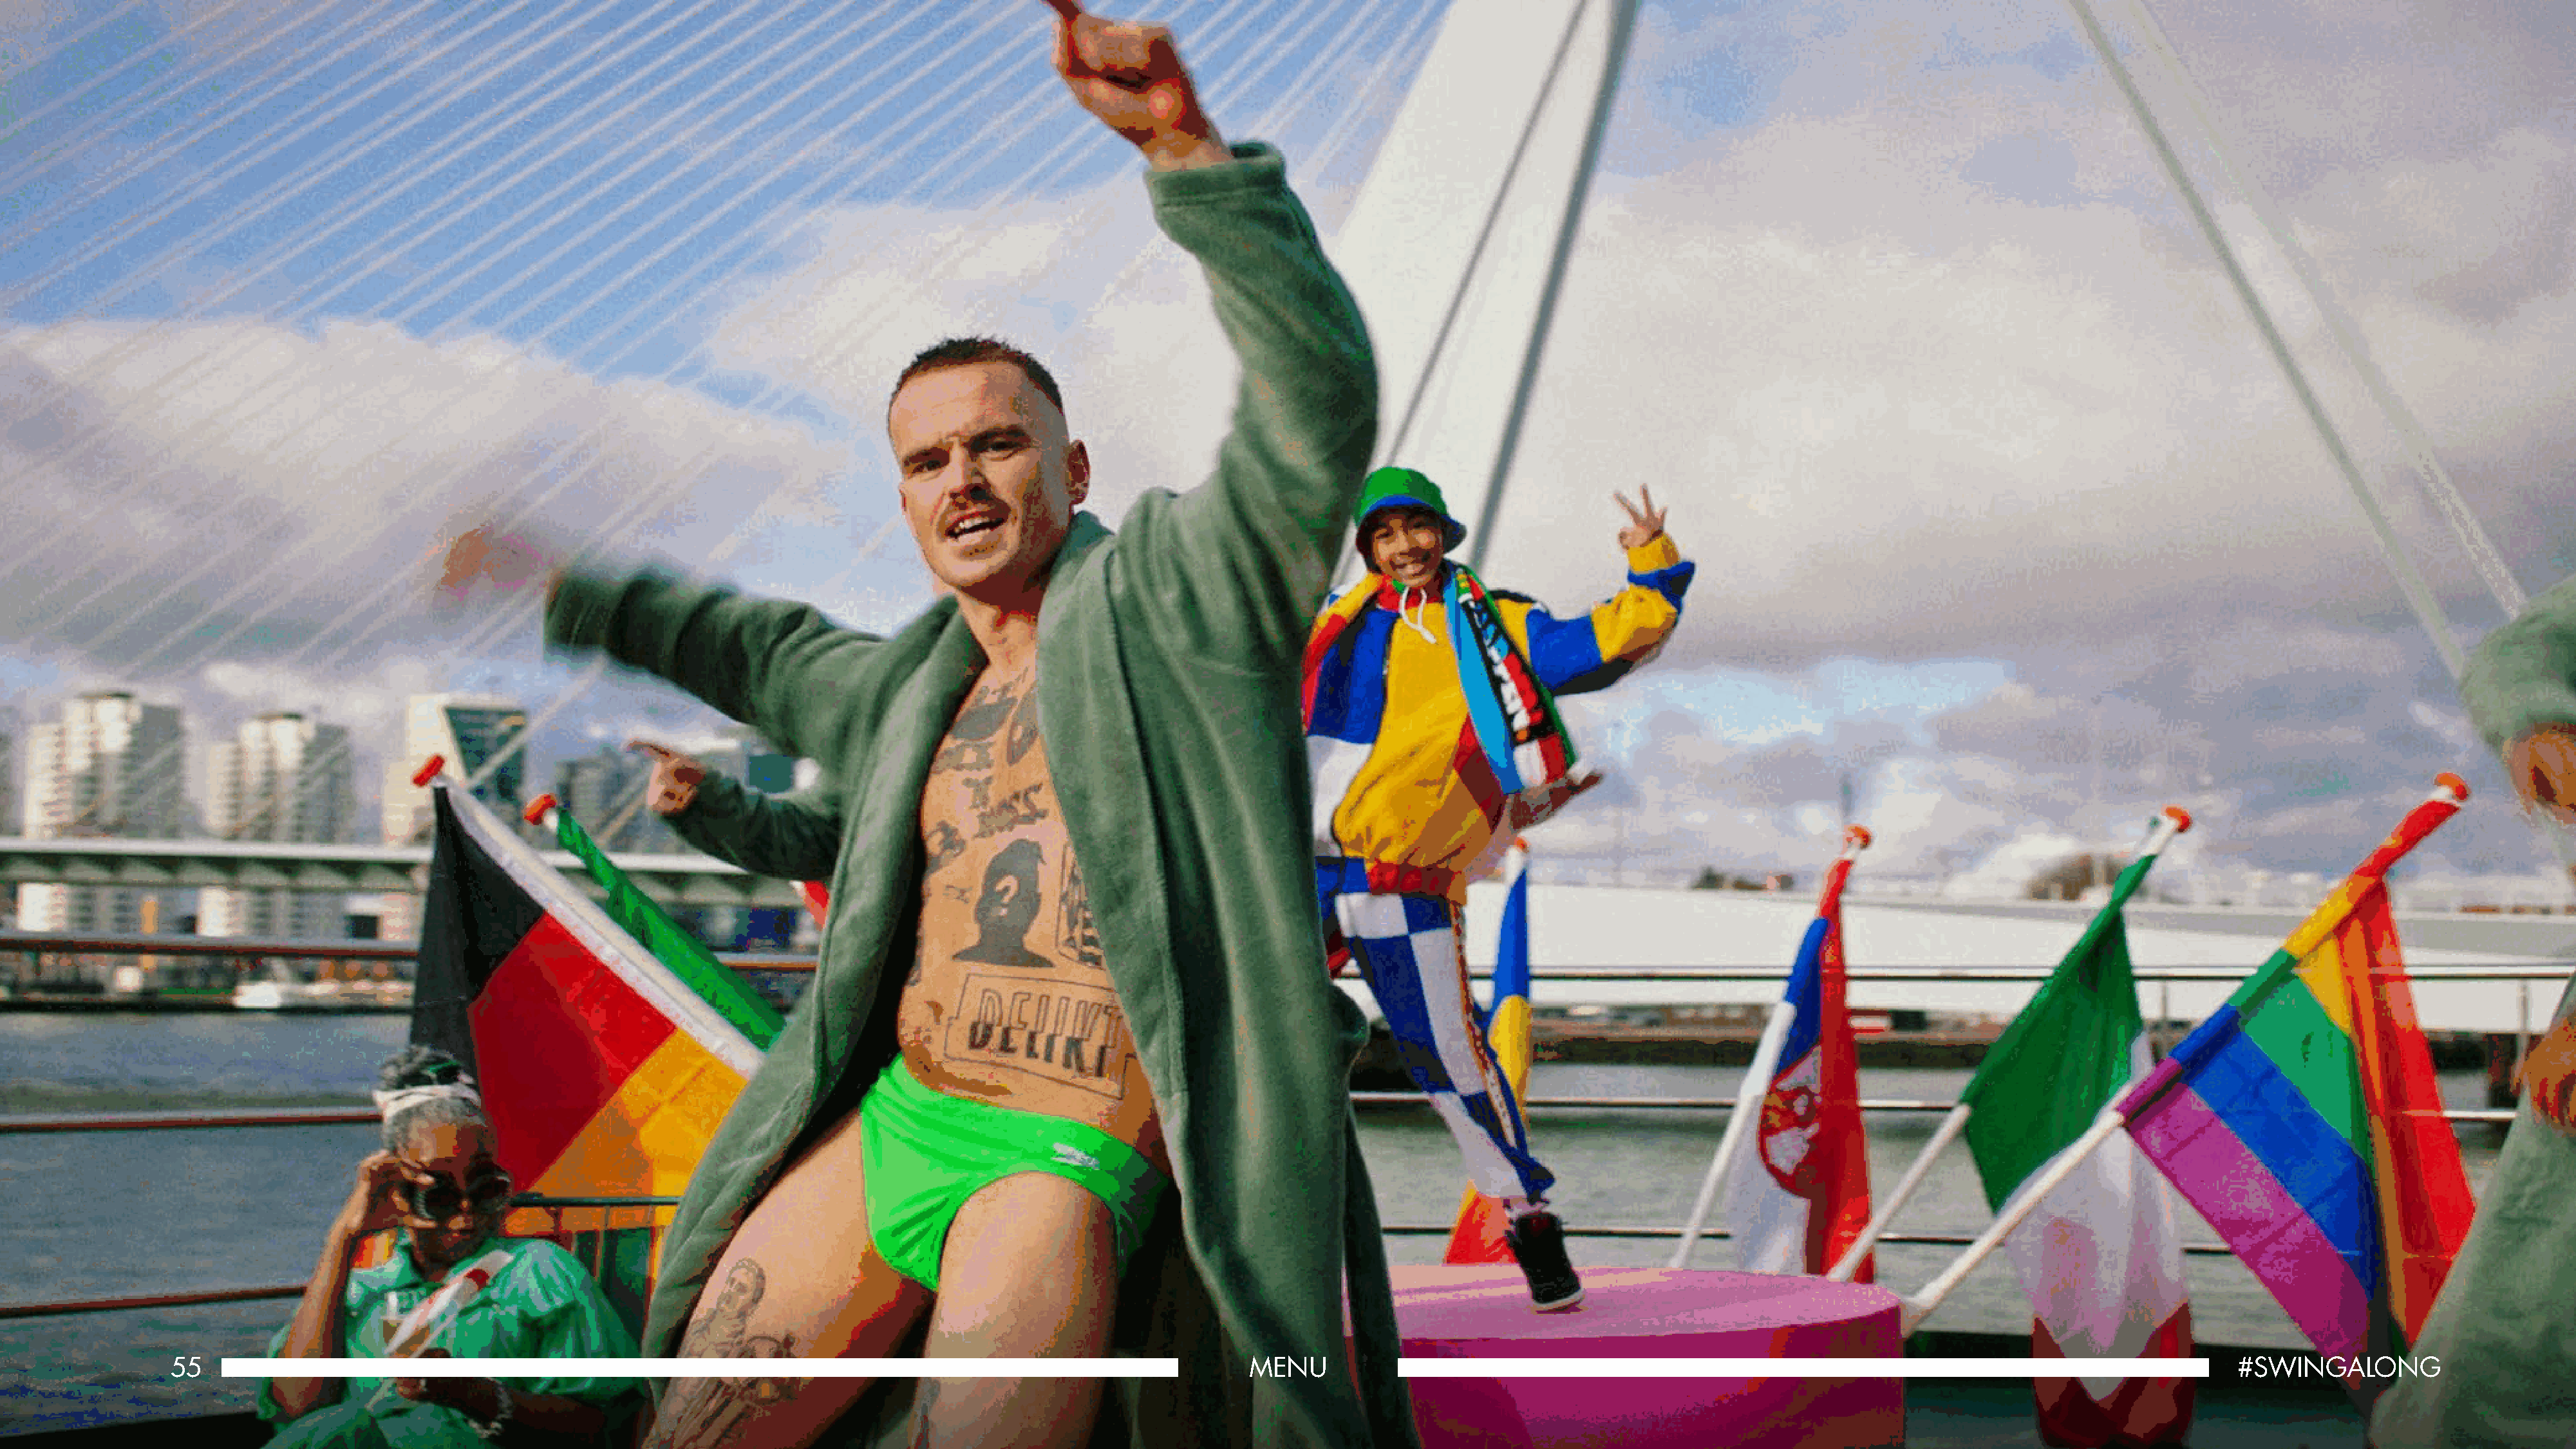
55                                                                                                            MENU                                                                                                  #SWINGALONG